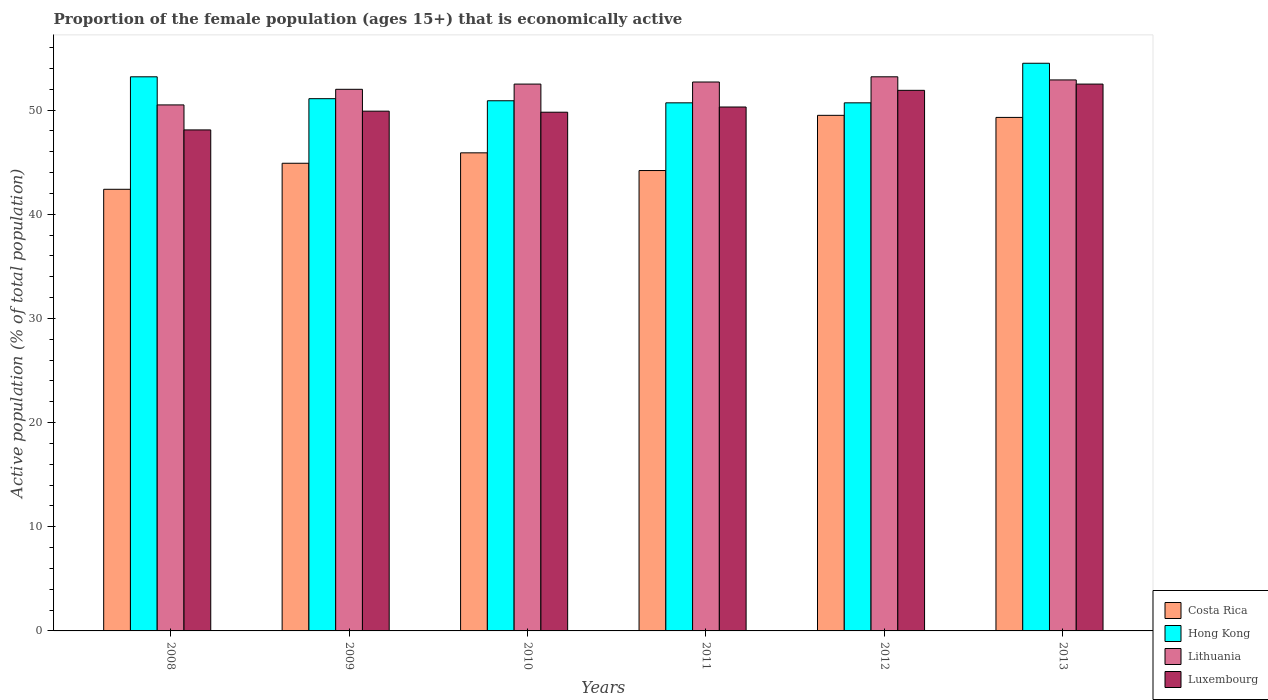
| Years | Costa Rica | Hong Kong | Lithuania | Luxembourg |
 | --- | --- | --- | --- | --- |
 | 2008 | 42.4 | 53.2 | 50.5 | 48.1 |
 | 2009 | 44.9 | 51.1 | 52 | 49.9 |
 | 2010 | 45.9 | 50.9 | 52.5 | 49.8 |
 | 2011 | 44.2 | 50.7 | 52.7 | 50.3 |
 | 2012 | 49.5 | 50.7 | 53.2 | 51.9 |
 | 2013 | 49.3 | 54.5 | 52.9 | 52.5 |